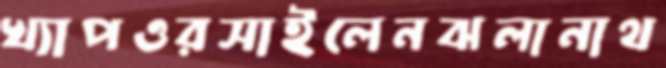
খ্যাপওরসাইলেনঝলানাথ